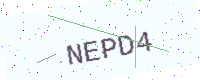
Text: NEPD4